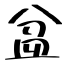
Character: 盆